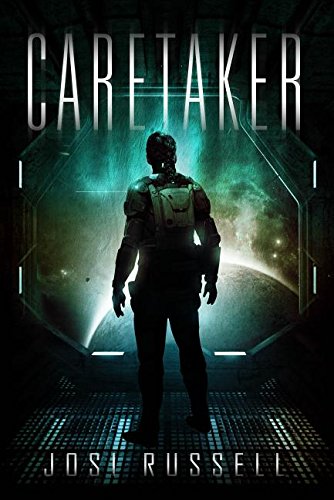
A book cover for Caretaker; Josi Russell; Science Fiction & Fantasy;